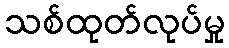
သစ်ထုတ်လုပ်မှု